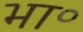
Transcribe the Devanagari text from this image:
भा॰